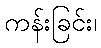
ကန်းခြင်း၊